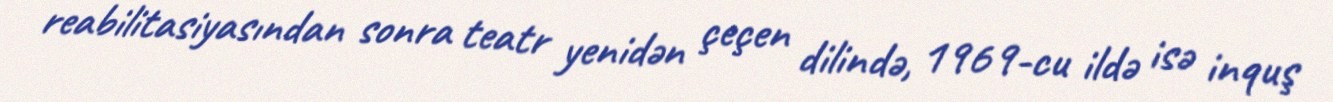
reabilitasiyasından sonra teatr yenidən çeçen dilində, 1969-cu ildə isə inquş